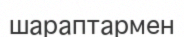
шараптармен